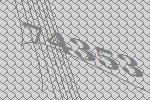
74353